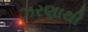
ઝરણાથી